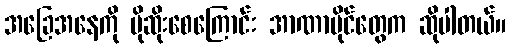
အခြေအနေကို ပိုဆိုးစေကြောင်း အာဏာပိုင်တွေက ဆိုပါတယ်။